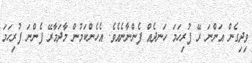
ވިދިގެން އަންނަ ރޭ ފުރިހަމަ ހަނދެއް ފެންނާނެއެވެ. އެހެންކަމުން މާދަމާރޭ ފެންނަ ފުރިހަމަ